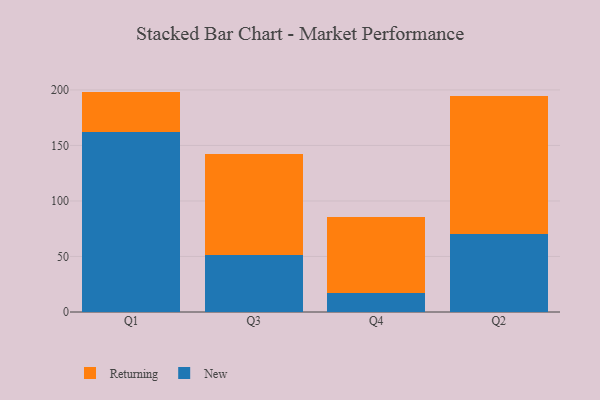
{"axis": {"x": "Quarter", "y": "Inventory Turnover"}, "legend": ["New", "Returning"], "data": [{"x": "Q1", "y": 162.0, "type": "New"}, {"x": "Q1", "y": 36.5, "type": "Returning"}, {"x": "Q3", "y": 51.6, "type": "New"}, {"x": "Q3", "y": 90.9, "type": "Returning"}, {"x": "Q4", "y": 16.9, "type": "New"}, {"x": "Q4", "y": 68.8, "type": "Returning"}, {"x": "Q2", "y": 70.3, "type": "New"}, {"x": "Q2", "y": 124.4, "type": "Returning"}]}